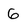
Character: G